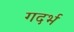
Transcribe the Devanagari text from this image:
गदर्भ